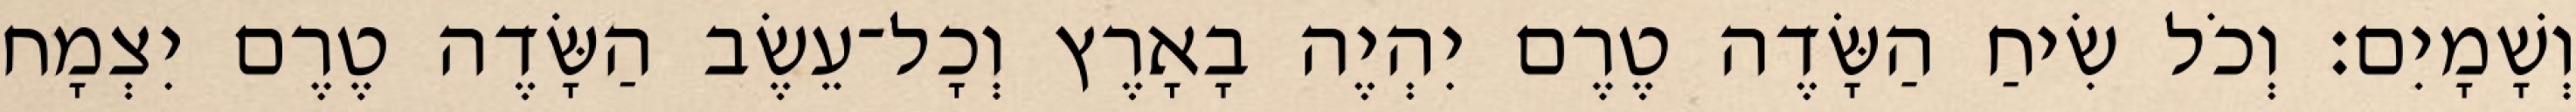
וְשָׁמָיִם׃ וְכֹל שִׂיחַ הַשָּׂדֶה טֶרֶם יִהְיֶה בָאָרֶץ וְכָל־עֵשֶׂב הַשָּׂדֶה טֶרֶם יִצְמָח